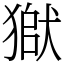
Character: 𤠒